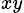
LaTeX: _{xy}